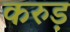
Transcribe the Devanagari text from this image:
करुड़